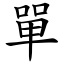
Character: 單